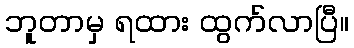
ဘူတာမှ ရထား ထွက်လာပြီ။